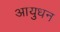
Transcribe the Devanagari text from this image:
आयुधन